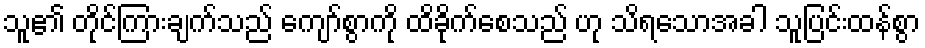
သူ၏ တိုင်ကြားချက်သည် ကျော်စွာကို ထိခိုက်စေသည် ဟု သိရသောအခါ သူပြင်းထန်စွာ